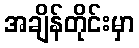
အချိန်တိုင်းမှာ